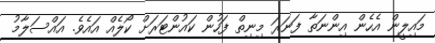
މައިލީން އެހެން އިންނަތާ ފަނަރަ މިނިތް ފަހުން ކައުންޓަރަށް ކޯލެއް އައެވެ. އައްސަލާމު